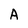
Character: A